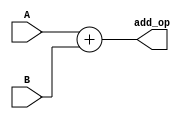
module alu_add(A,B,add_op);
input [31:0]A;
input [31:0]B;
output [31:0]add_op;
assign add_op=A+B;
endmodule